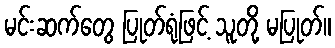
မင်းဆက်တွေ ပြုတ်ရုံဖြင့် သူတို့ မပြုတ်။